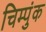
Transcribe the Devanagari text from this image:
चिम्पुंक